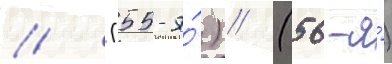
// (55-я́) // (56-я́)